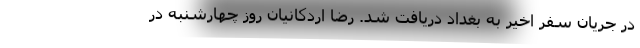
در جریان سفر اخیر به بغداد دریافت شد. رضا اردکانیان روز چهارشنبه در